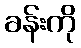
ခန်းကို